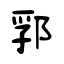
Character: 郛